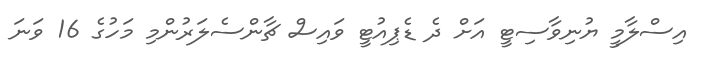
އިސްލާމީ ޔުނިވާސިޓީ އަށް ދެ ޑެޕިއުޓީ ވައިސް ޗާންސެލަރުންމި މަހުގެ 16 ވަނަ